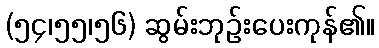
(၅၄၊၅၅၊၅၆) ဆွမ်းဘုဉ်းပေးကုန်၏။